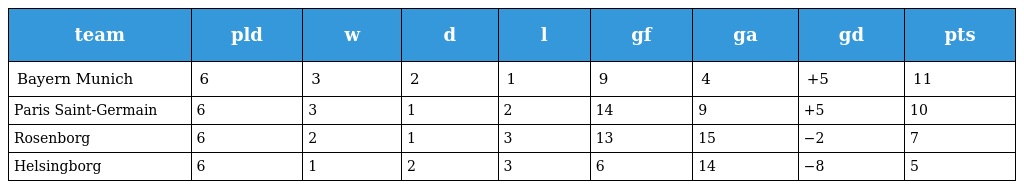
| team | pld | w | d | l | gf | ga | gd | pts |
 | --- | --- | --- | --- | --- | --- | --- | --- | --- |
 | Bayern Munich | 6 | 3 | 2 | 1 | 9 | 4 | +5 | 11 |
 | Paris Saint-Germain | 6 | 3 | 1 | 2 | 14 | 9 | +5 | 10 |
 | Rosenborg | 6 | 2 | 1 | 3 | 13 | 15 | −2 | 7 |
 | Helsingborg | 6 | 1 | 2 | 3 | 6 | 14 | −8 | 5 |